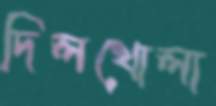
দিলখোলা